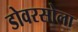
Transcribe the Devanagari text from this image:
डोवरसोला